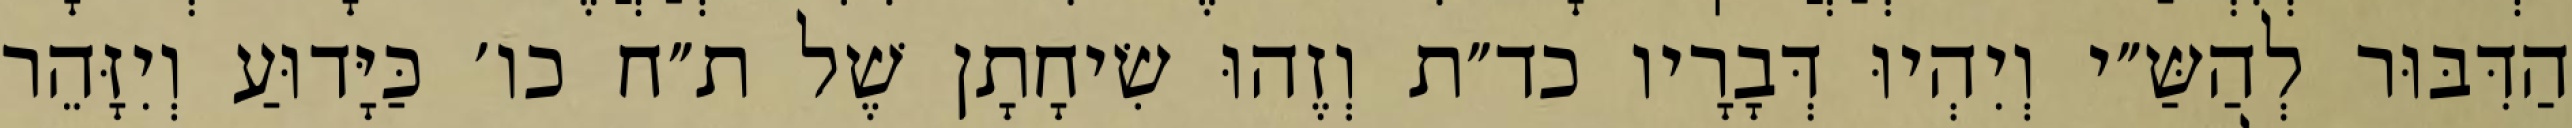
הַדִּבּוּר לְהַשַּ״י וְיִהְיוּ דְּבָרָיו כד״ת וְזֶהוּ שִׂיחָתָן שֶׁל ת״ח כו׳ כַּיָּדוּעַ וְיִזָּהֵר